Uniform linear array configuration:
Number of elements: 48
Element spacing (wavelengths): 0.5
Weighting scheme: exponential
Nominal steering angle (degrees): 30
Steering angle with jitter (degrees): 28.802
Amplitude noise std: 0.05
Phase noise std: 0.05

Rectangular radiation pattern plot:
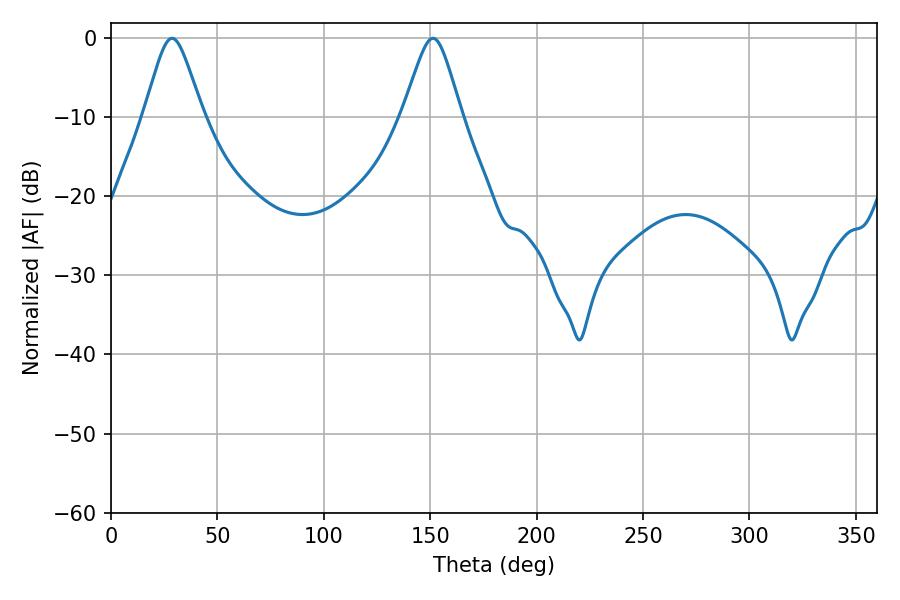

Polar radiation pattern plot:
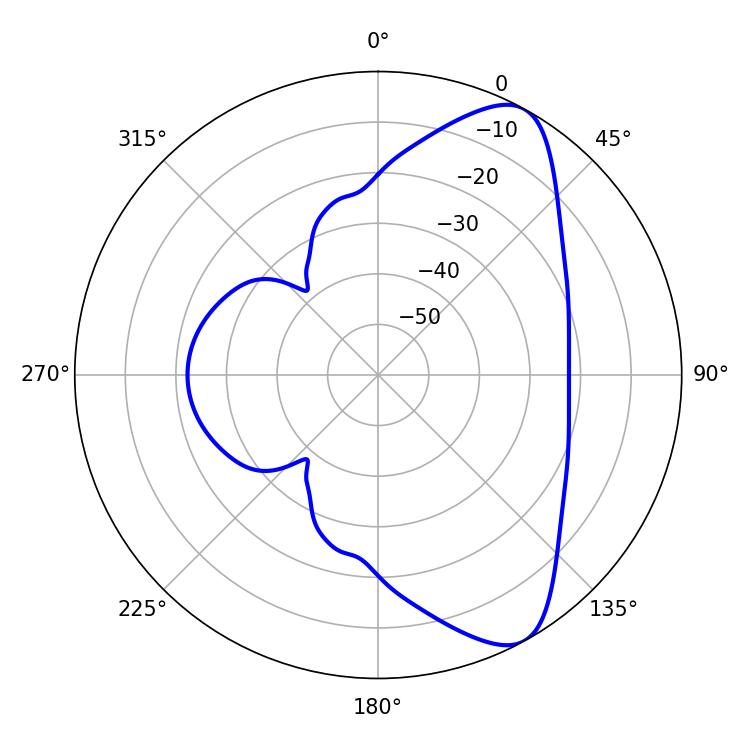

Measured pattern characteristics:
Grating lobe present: FALSE
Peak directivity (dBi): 8.569
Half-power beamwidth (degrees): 13.14
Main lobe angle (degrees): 28.62